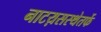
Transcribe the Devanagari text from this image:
नाटय़सस्थेतर्फे